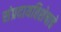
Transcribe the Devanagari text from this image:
संप्रदायविशेषाचे